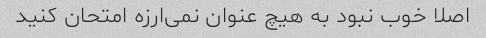
اصلا خوب نبود به هیچ عنوان نمی‌ارزه امتحان کنید